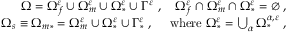
\begin{array} { r } { \Omega = \Omega _ { f } ^ { \varepsilon } \cup \Omega _ { m } ^ { \varepsilon } \cup \Omega _ { * } ^ { \varepsilon } \cup \Gamma ^ { \varepsilon } \; , \quad \Omega _ { f } ^ { \varepsilon } \cap \Omega _ { m } ^ { \varepsilon } \cap \Omega _ { * } ^ { \varepsilon } = \emptyset \; , } \\ { \Omega _ { s } \equiv \Omega _ { m * } = \Omega _ { m } ^ { \varepsilon } \cup \Omega _ { * } ^ { \varepsilon } \cup \Gamma _ { * } ^ { \varepsilon } \; , \quad \mathrm { ~ w h e r e ~ } \Omega _ { * } ^ { \varepsilon } = \bigcup _ { \alpha } \Omega _ { * } ^ { { \alpha } , \varepsilon } \; , } \end{array}